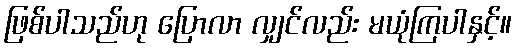
ဖြစ်ပါသည်ဟု ပြောလာ လျှင်လည်း မယုံကြပါနှင့်။